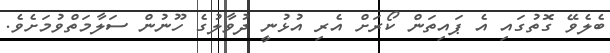
ބެލެވޭ ގޮތުގައި އެ ޕައިތަން ކޯރަށް އެރި އުޅުނީ ދުވާލުގެ ހޫނުން ސަލާމަތްވުމަށެވެ.